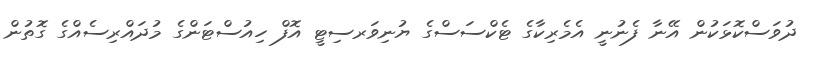
ދުވަސްކޮޅަކުން އޭނާ ފެނުނީ އެމެރިކާގެ ޓެކްސަސްގެ ޔުނިވަރސިޓީ އޮފް ހިއުސްޓަންގެ މުދައްރިސެއްގެ ގޮތުން